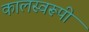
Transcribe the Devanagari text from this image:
कालस्वरूपी